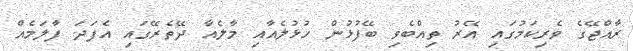
ރާއްޖޭގެ ވެރިކަމުގައި އޭރު ތިއްބެވި ބޭފުޅުން ހުޅުލެއާއި މާލެއާ ދޭތެރޭގައި އެފަދަ ފާލަމެއް